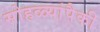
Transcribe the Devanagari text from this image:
सोहळ्यांपैकी